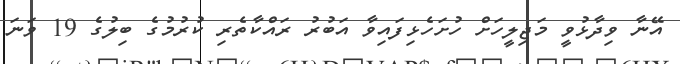
އޭނާ ވިދާޅުވީ މަޖިލީހަށް ހުށަހެޅިފައިވާ އަބުރު ރައްކާތެރި ކުރުމުގެ ބިލުގެ 19 ވަނަ